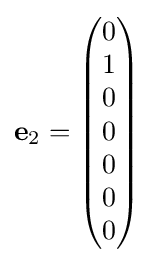
\mathbf {e} _{2}={\begin{pmatrix}0\\1\\0\\0\\0\\0\\0\end{pmatrix}}